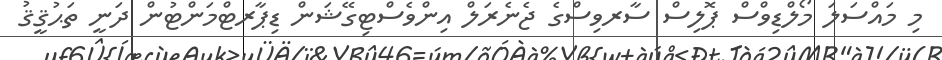
މި މައްސަލަ މޯލްޑިވްސް ޕޮލިސް ސާރވިސްގެ ޖެނެރަލް އިންވެސްޓިގޭޝަން ޑިޕާރޓްމަންޓުން ދަނީ ތަޙުޤީޤު